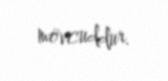
mövcuddur.